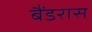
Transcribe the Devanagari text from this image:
बैंडरास